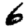
Digit: 6